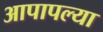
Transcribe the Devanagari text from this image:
आपापल्‍या